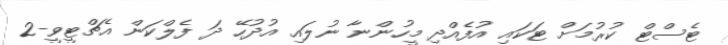
ޓެސްޓް ކުރުމަށް ޓަކައި އުފެއްދި މީހުންނާ ނުލައި އުދުހޭ ދަ ފެލްކަން އެޗްޓީވީ-2